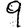
Digit: 9